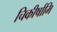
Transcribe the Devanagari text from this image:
चिकीर्षामि